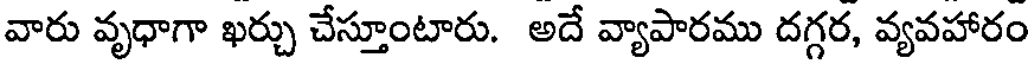
వారు వృధాగా ఖర్చు చేస్తూంటారు. అదే వ్యాపారము దగ్గర, వ్యవహారం